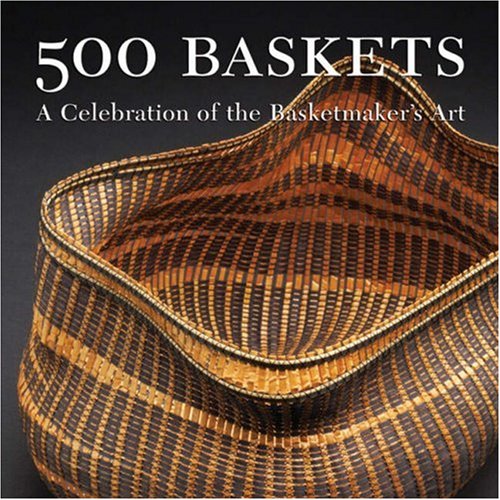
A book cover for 500 Baskets: A Celebration of the Basketmaker's Art (500 Series); Crafts, Hobbies & Home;